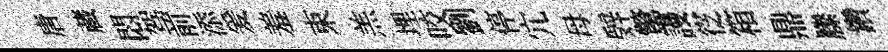
唐蔵悶驾前添爰羞束羔埋咬劉停宂母辤驚謾徔箱鼎縢鑽